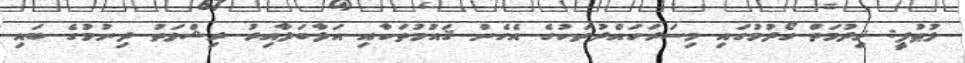
ލުޠުފީ: ޚިދުމަތް ހޯދުމުގައި މިސަރަހައްދުތަކުގެ އެހެން ޤައުމުތަކާއި އަޅާބަލާއިރު ރިޝްވަތު ދިނުމުގެ ބައި